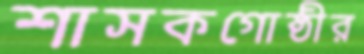
শাসকগোষ্ঠীর